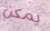
يمكن